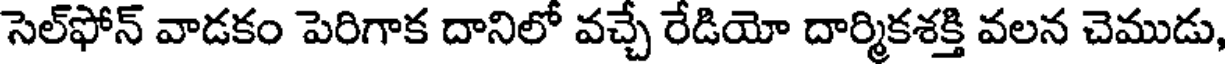
సెల్ఫోన్ వాడకం పెరిగాక దానిలో వచ్చే రేడియో దార్మికశక్తి వలన చెముడు,